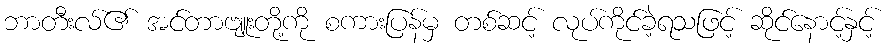
ဘာတီးလ်၏ အင်တာဗျူးတို့ကို စကားပြန်မှ တစ်ဆင့် လုပ်ကိုင်ခဲ့ရသဖြင့် ဆိုင်နောင့်နှင့်